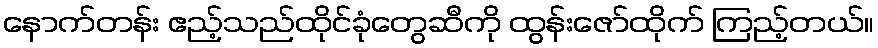
နောက်တန်း ဧည့်သည်ထိုင်ခုံတွေဆီကို ထွန်းဇော်ထိုက် ကြည့်တယ်။